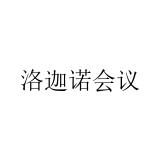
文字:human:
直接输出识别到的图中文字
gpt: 洛迦诺会议